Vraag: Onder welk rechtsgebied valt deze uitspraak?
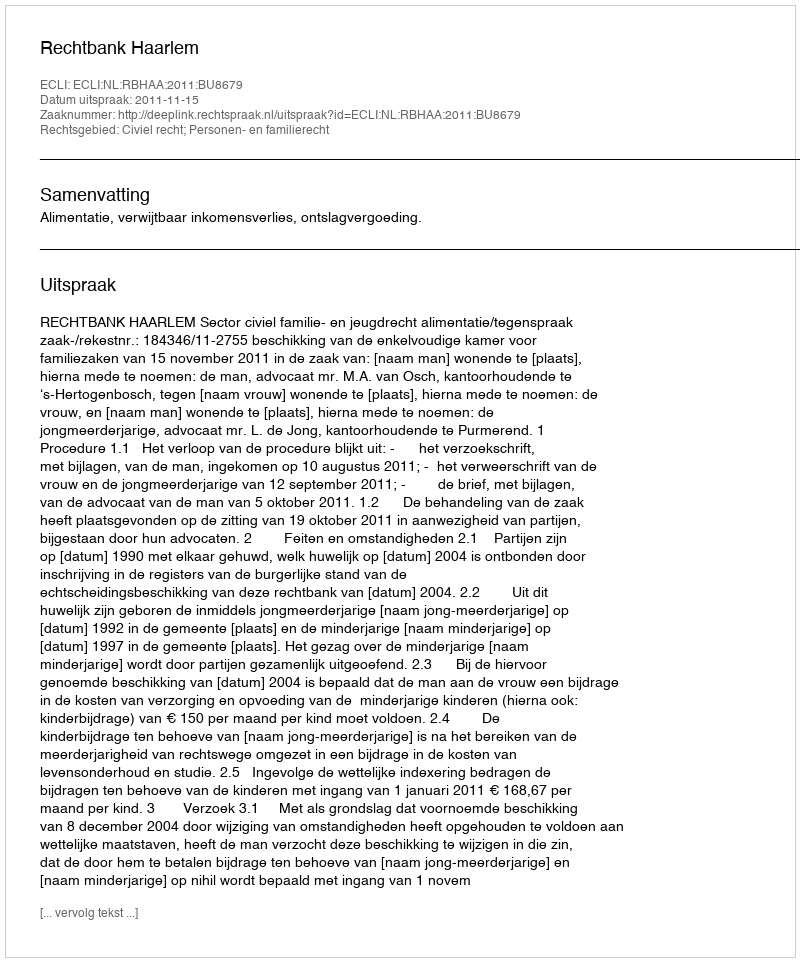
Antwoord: Civiel recht; Personen- en familierecht